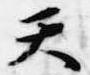
天